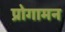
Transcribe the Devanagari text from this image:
प्रोगामन